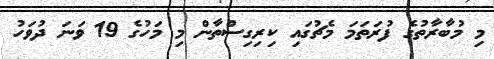
މި މުބާރާތުގެ ފުރަތަމަ މެޗުގައި ކިރިގިސްތާން މި މަހުގެ 19 ވަނަ ދުވަހު